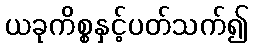
ယခုကိစ္စနှင့်ပတ်သက်၍